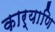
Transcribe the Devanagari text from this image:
कार्याणि